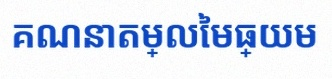
គណនាតម្លៃមធ្យម